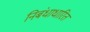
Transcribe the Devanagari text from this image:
निबंधाधारित